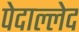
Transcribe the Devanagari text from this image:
पेदाल्लेद